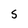
Character: S